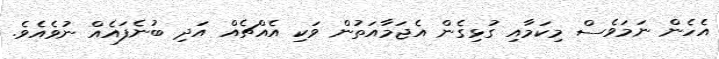
އެހެން ނަމަވެސް މިކަމާއި ގުޅިގެން އެޖަމާއަތުން ވަކި އެއްޗެއް އަދި ބުނެފައެއް ނުވެއެވެ.